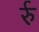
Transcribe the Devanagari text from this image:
र्रु